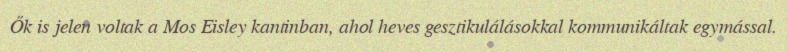
Ők is jelen voltak a Mos Eisley kantinban, ahol heves gesztikulálásokkal kommunikáltak egymással.